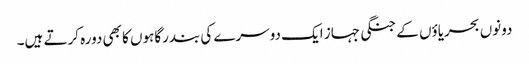
دونوں بحریاؤں کے جنگی جہاز ایک دوسرے کی بندرگاہوں کا بھی دورہ کرتے ہیں۔